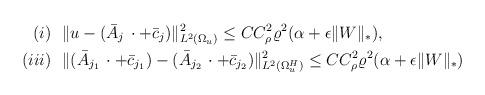
LaTeX: \begin{align*}(i) & \ \ \Vert u - (\bar{A}_j \, \cdot + \bar{c}_j)\Vert^2_{L^2(\Omega_u)} \le C C_\rho^2\varrho^2 (\alpha + \epsilon \Vert W \Vert_*),\\(iii) & \ \ \Vert (\bar{A}_{j_1} \, \cdot + \bar{c}_{j_1}) - (\bar{A}_{j_2} \, \cdot + \bar{c}_{j_2})\Vert^2_{L^2(\Omega_u^H )}\le CC_\rho^2 \varrho^2 (\alpha + \epsilon \Vert W \Vert_*) \end{align*}